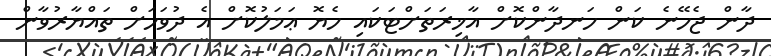
ދާން ޖެހޭނެ ކަން ހަނދާންކޮށް އާޚިރަތަށްޓަކައި ހެޔޮ ޢަމަލުކޮށް އެ ދުވަހަށް ތައްޔާރުވާން